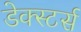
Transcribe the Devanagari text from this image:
डेक्स्टर्स